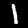
Digit: 1